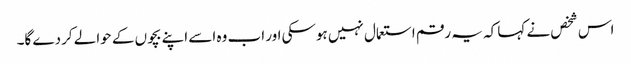
اس شخص نے کہا کہ یہ رقم استعمال نہیں ہوسکی اور اب وہ اسے اپنے بچوں کے حوالے کردے گا۔